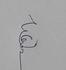
Signature authenticity: genuine